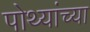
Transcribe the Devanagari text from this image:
पोथ्यांच्या